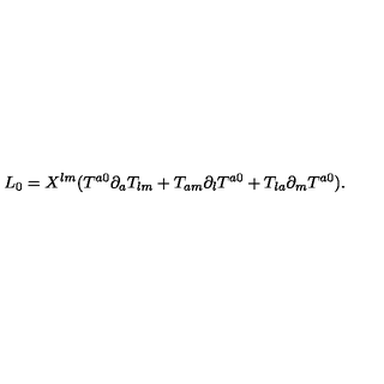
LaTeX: L _ { 0 } = X ^ { l m } ( T ^ { a 0 } \partial _ { a } T _ { l m } + T _ { a m } \partial _ { l } T ^ { a 0 } + T _ { l a } \partial _ { m } T ^ { a 0 } ) .